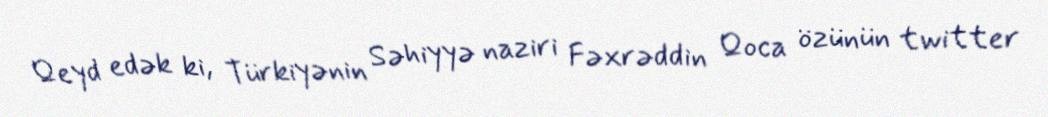
Qeyd edək ki, Türkiyənin Səhiyyə naziri Fəxrəddin Qoca özünün twitter